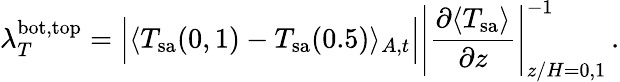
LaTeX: \lambda_{T}^{\mathrm{bot,top}}=\Big|\langle T_{\mathrm{sa}}(0,1)-T_{\mathrm{sa}}(0.5)\rangle_{A,t}\Big|\Bigg|\frac{\partial\langle T_{\mathrm{sa}}\rangle}{\partial z}\Bigg|_{z/H=0,1}^{-1}\, .